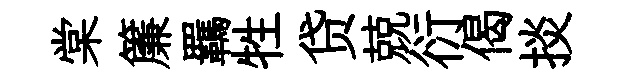
棠簾羈牲贷兢衍偈掞